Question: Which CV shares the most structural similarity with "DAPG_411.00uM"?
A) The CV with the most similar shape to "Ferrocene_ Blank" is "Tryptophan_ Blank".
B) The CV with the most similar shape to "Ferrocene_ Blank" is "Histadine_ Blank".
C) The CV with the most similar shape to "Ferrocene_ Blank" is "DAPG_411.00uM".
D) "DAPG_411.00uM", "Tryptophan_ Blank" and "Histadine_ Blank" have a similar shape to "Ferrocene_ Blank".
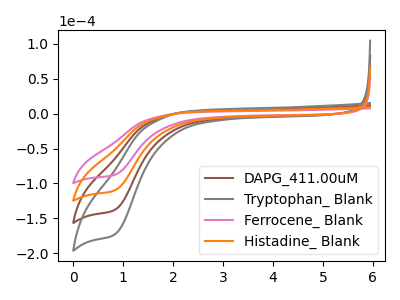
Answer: <think>The brown curve "DAPG_411.00uM" has a cathodic peak at: (0.85V, -219.85uA). The gray curve "Tryptophan_ Blank" has a cathodic peak at: (0.85V, -329.75uA). The pink curve "Ferrocene_ Blank" has a cathodic peak at: (0.85V, -87.60uA). The orange curve "Histadine_ Blank" has a cathodic peak at: (0.85V, -109.90uA).
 All the peaks in "DAPG_411.00uM" have a peak in "Tryptophan_ Blank" at the same potential. Every peak in "DAPG_411.00uM" is lower than every peak in "Tryptophan_ Blank". All the peaks in "DAPG_411.00uM" have a peak in "Ferrocene_ Blank" at the same potential. Every peak in "DAPG_411.00uM" is higher than every peak in "Ferrocene_ Blank". All the peaks in "DAPG_411.00uM" have a peak in "Histadine_ Blank" at the same potential. Every peak in "DAPG_411.00uM" is higher than every peak in "Histadine_ Blank". All the peaks in "Tryptophan_ Blank" have a peak in "Ferrocene_ Blank" at the same potential. Every peak in "Tryptophan_ Blank" is higher than every peak in "Ferrocene_ Blank". All the peaks in "Tryptophan_ Blank" have a peak in "Histadine_ Blank" at the same potential. Every peak in "Tryptophan_ Blank" is higher than every peak in "Histadine_ Blank". All the peaks in "Ferrocene_ Blank" have a peak in "Histadine_ Blank" at the same potential. Every peak in "Ferrocene_ Blank" is lower than every peak in "Histadine_ Blank".</think>
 <answer>D) "DAPG_411.00uM", "Tryptophan_ Blank" and "Histadine_ Blank" have a similar shape to "Ferrocene_ Blank".</answer>
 <eval>D</eval>